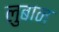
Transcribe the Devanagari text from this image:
लुबान